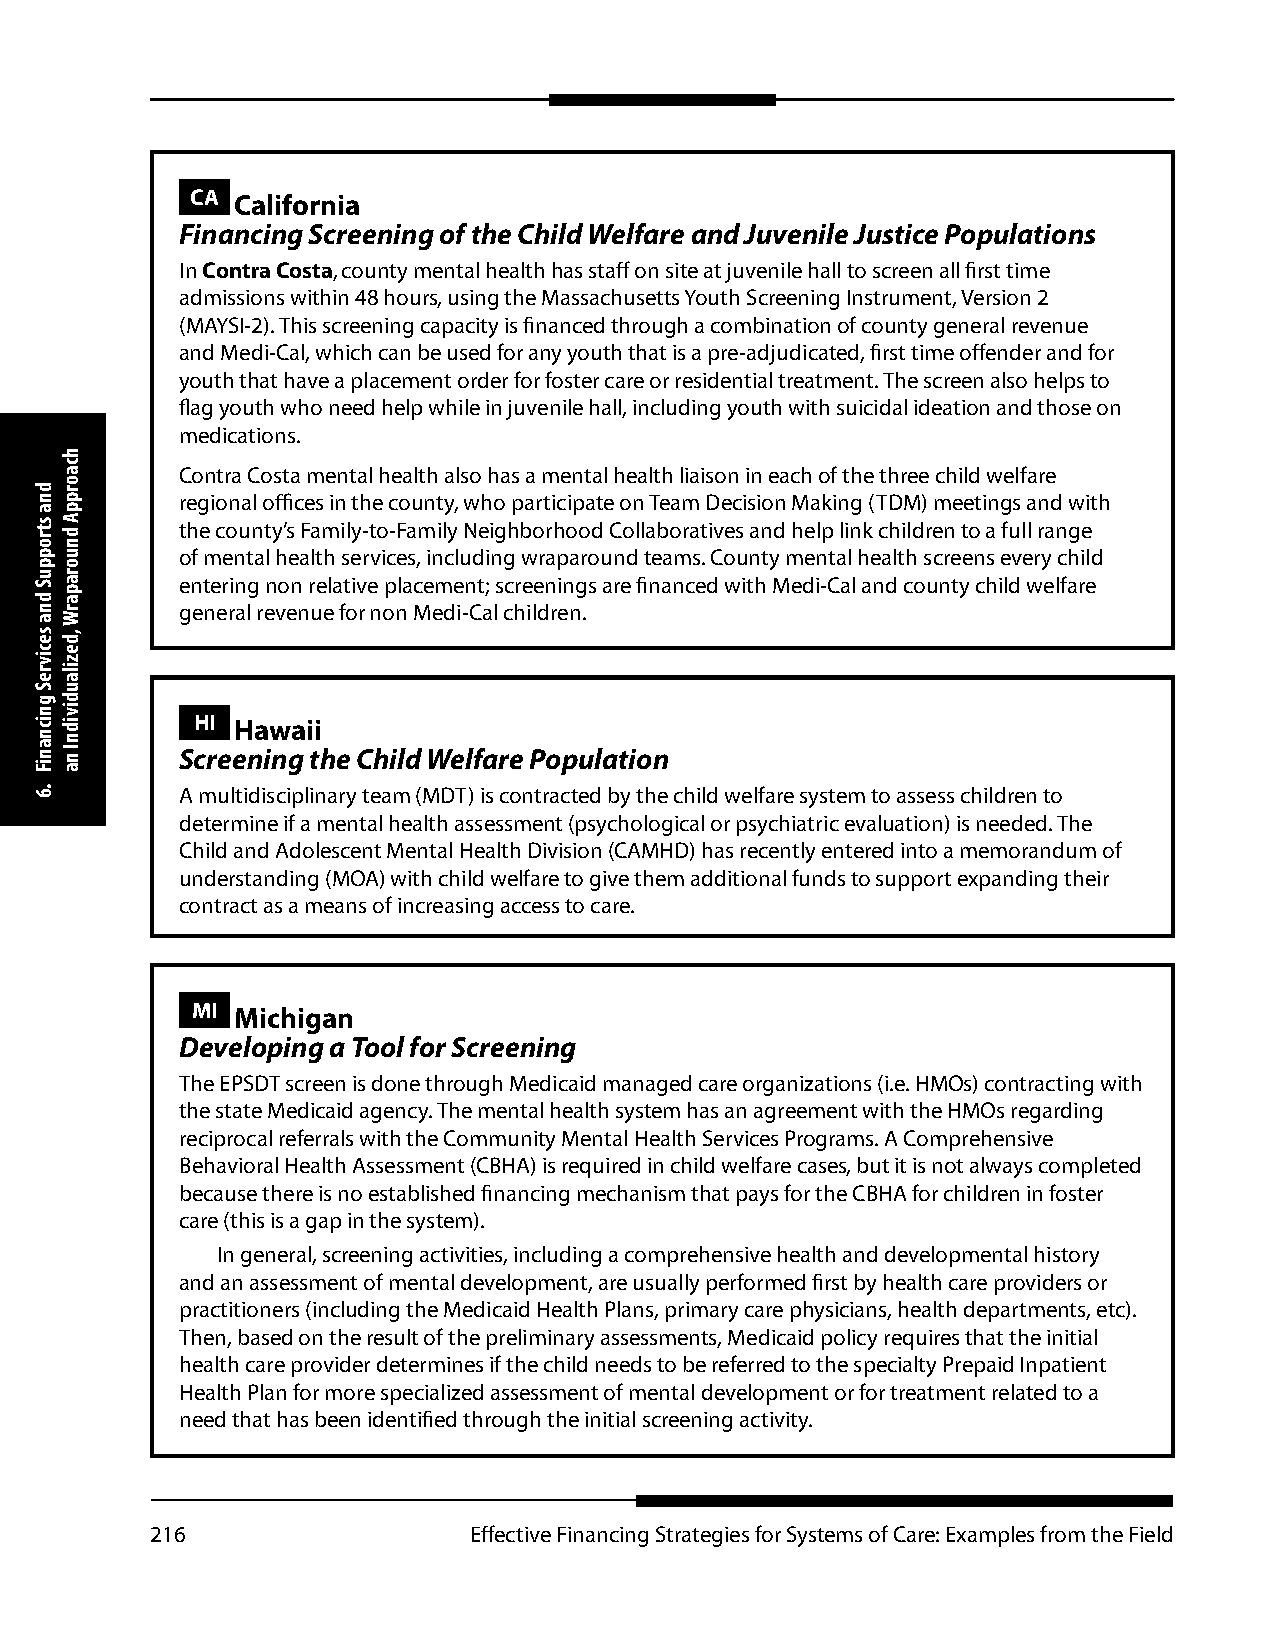
CA California
 Financing Screening of the Child Welfare and Juvenile Justice Populations
 In Contra Costa, county mental health has staff on site at juvenile hall to screen all first time
 admissions within 48 hours, using the Massachusetts Youth Screening Instrument, Version 2
 (MAYSI-2). This screening capacity is financed through a combination of county general revenue
 and Medi-Cal, which can be used for any youth that is a pre-adjudicated, first time offender and for
 youth that have a placement order for foster care or residential treatment. The screen also helps to
 flag youth who need help while in juvenile hall, including youth with suicidal ideation and those on
 medications.
 Contra Costa mental health also has a mental health liaison in each of the three child welfare
 regional offices in the county, who participate on Team Decision Making (TDM) meetings and with
 the county’s Family-to-Family Neighborhood Collaboratives and help link children to a full range
 of mental health services, including wraparound teams. County mental health screens every child
 entering non relative placement; screenings are financed with Medi-Cal and county child welfare
 general revenue for non Medi-Cal children.
 HI Hawaii
 Screening the Child Welfare Population
 A multidisciplinary team (MDT) is contracted by the child welfare system to assess children to
 determine if a mental health assessment (psychological or psychiatric evaluation) is needed. The
 Child and Adolescent Mental Health Division (CAMHD) has recently entered into a memorandum of
 understanding (MOA) with child welfare to give them additional funds to support expanding their
 contract as a means of increasing access to care.
 MI Michigan
 Developing a Tool for Screening
 The EPSDT screen is done through Medicaid managed care organizations (i.e. HMOs) contracting with
 the state Medicaid agency. The mental health system has an agreement with the HMOs regarding
 reciprocal referrals with the Community Mental Health Services Programs. A Comprehensive
 Behavioral Health Assessment (CBHA) is required in child welfare cases, but it is not always completed
 because there is no established financing mechanism that pays for the CBHA for children in foster
 care (this is a gap in the system).
 In general, screening activities, including a comprehensive health and developmental history
 and an assessment of mental development, are usually performed first by health care providers or
 practitioners (including the Medicaid Health Plans, primary care physicians, health departments, etc).
 Then, based on the result of the preliminary assessments, Medicaid policy requires that the initial
 health care provider determines if the child needs to be referred to the specialty Prepaid Inpatient
 Health Plan for more specialized assessment of mental development or for treatment related to a
 need that has been identified through the initial screening activity.
 216                  Effective Financing Strategies for Systems of Care: Examples from the Field
 dna
 stroppuS
 dna
 secivreS
 gnicnaniF
 .6
 hcaorppA
 dnuoraparW
 ,dezilaudividnI
 na